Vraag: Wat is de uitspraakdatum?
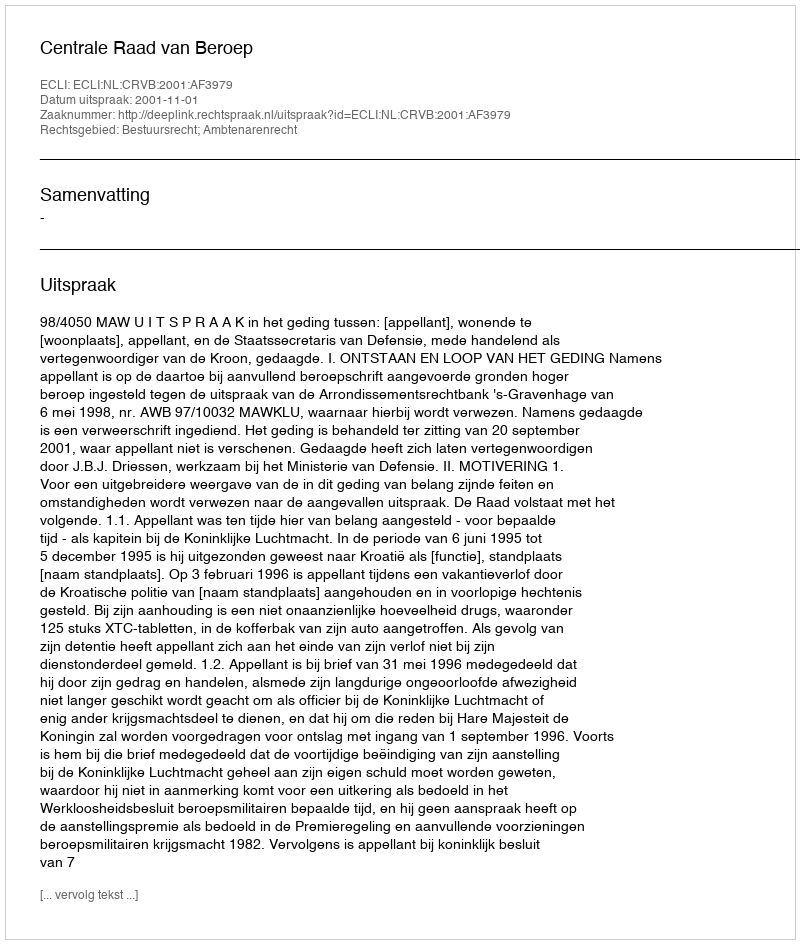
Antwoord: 2001-11-01